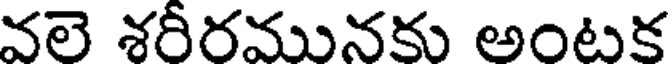
వలె శరీరమునకు అంటక